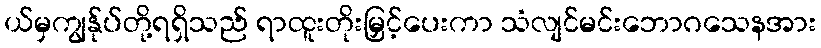
ယ်မှကျွန်ုပ်တို့ရရှိသည် ရာထူးတိုးမြှင့်ပေးကာ သံလျင်မင်းဘောဂသေနအား